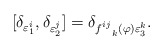
\begin{align*}\lbrack \delta _{\varepsilon _{1}^{i}},\delta _{\varepsilon_{2}^{j}}]=\delta _{f_{\ \ k}^{ij}(\varphi )\varepsilon _{3}^{k}}.\end{align*}